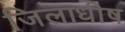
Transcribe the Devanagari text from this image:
जिलाधीष